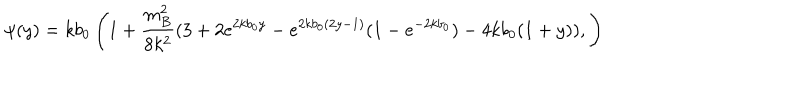
\psi ( y ) = k b _ { 0 } \left( 1 + \frac { m _ { B } ^ { 2 } } { 8 k ^ { 2 } } ( 3 + 2 e ^ { 2 k b _ { 0 } y } - e ^ { 2 k b _ { 0 } ( 2 y - 1 ) } ( 1 - e ^ { - 2 k b _ { 0 } } ) - 4 k b _ { 0 } ( 1 + y ) ) , \right)